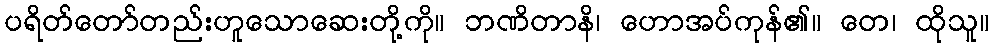
ပရိတ်တော်တည်းဟူသောဆေးတို့ကို။ ဘဏိတာနိ၊ ဟောအပ်ကုန်၏။ တေ၊ ထိုသူ။